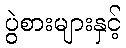
ပွဲစားများနှင့်